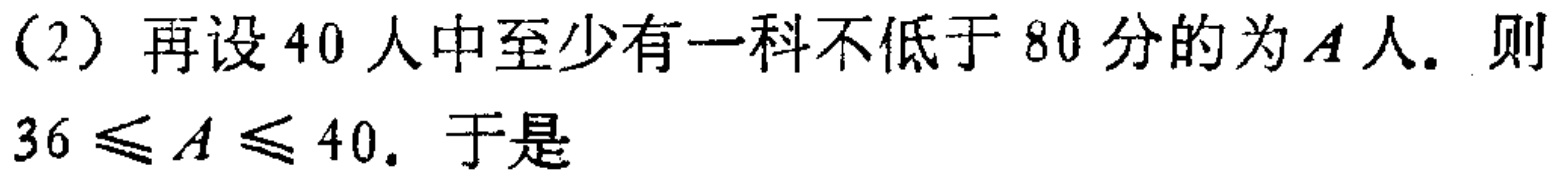
（2）再设 40 人中至少有一科不低于 80 分的为\(A\)人. 则

\(36\leqslant A\leqslant 40\). 于是